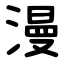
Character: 漫